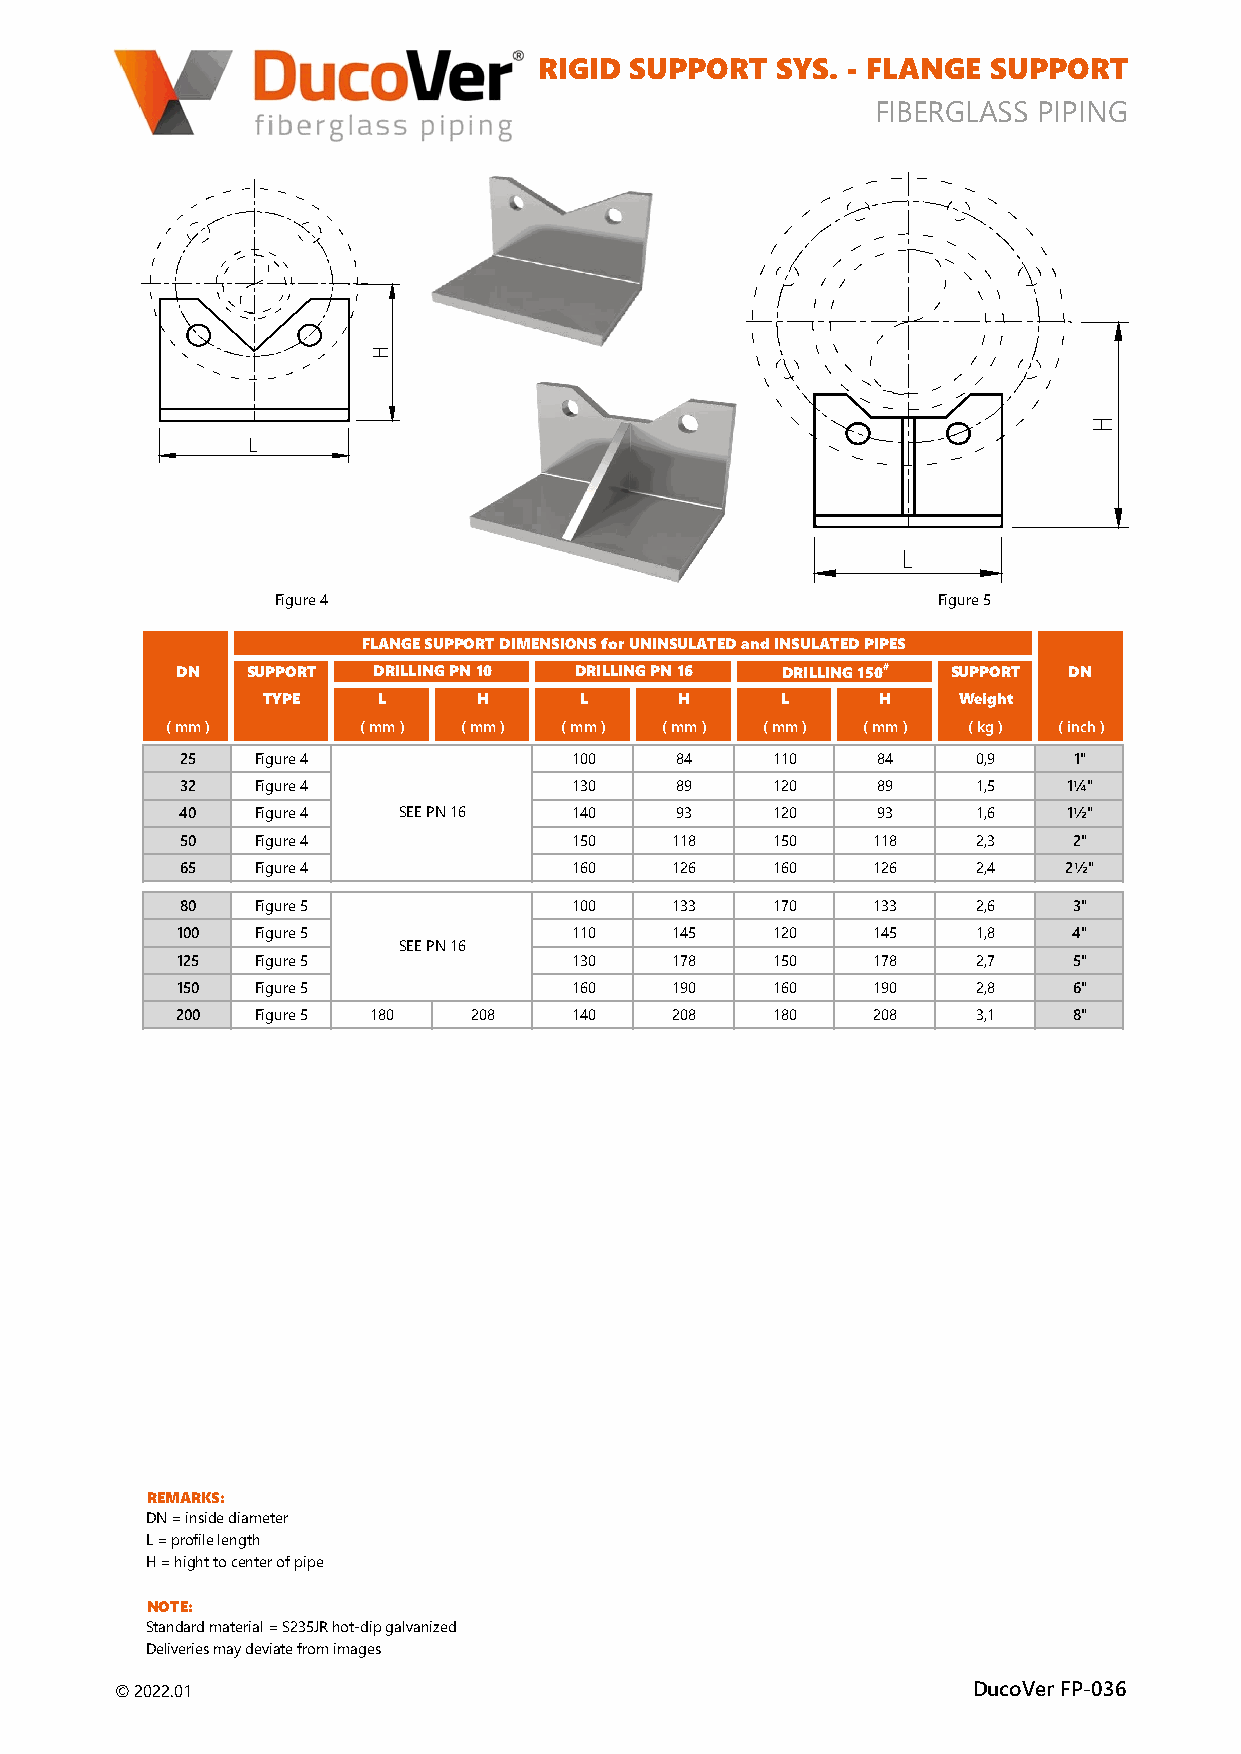
RIGID SUPPORT   SYS. - FLANGE SUPPORT
 FIBERGLASS PIPING
 Figure 4                                    Figure 5
 FLANGE SUPPORT DIMENSIONS for UNINSULATED and INSULATED PIPES
 DN   SUPPORT DRILLING PN 10 DRILLING PN 16 DRILLING 150# SUPPORT DN
 TYPE    L     H      L      H     L      H    Weight
 ( mm )      ( mm ) ( mm ) ( mm ) ( mm ) ( mm ) ( mm ) ( kg ) ( inch )
 25   Figure 4            100    84     110    84    0,9    1"
 32   Figure 4            130    89     120    89    1,5   1¼"
 40   Figure 4 SEE PN 16  140    93     120    93    1,6   1½"
 50   Figure 4            150    118    150   118    2,3    2"
 65   Figure 4            160    126    160   126    2,4   2½"
 80   Figure 5            100    133    170   133    2,6    3"
 100   Figure 5            110    145    120   145    1,8    4"
 SEE PN 16
 125   Figure 5            130    178    150   178    2,7    5"
 150   Figure 5            160    190    160   190    2,8    6"
 200   Figure 5 180  208   140    208    180   208    3,1    8"
 REMARKS:
 DN = inside diameter
 L = profile length
 H = hight to center of pipe
 NOTE:
 Standard material = S235JR hot-dip galvanized
 Deliveries may deviate from images
 © 2022.01                                                DucoVer FP-036